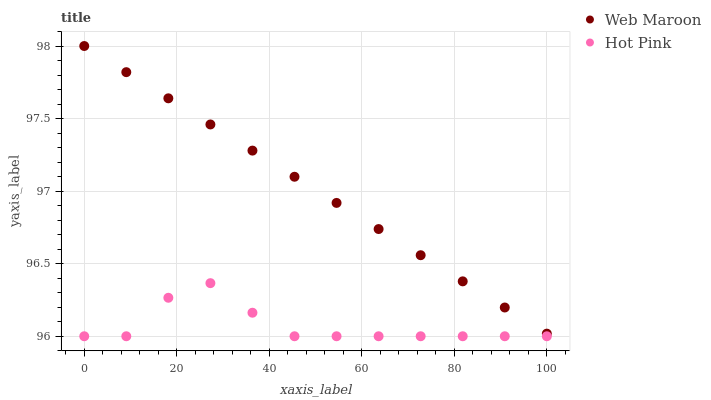
| xaxis_label | Web Maroon | Hot Pink |
 | --- | --- | --- |
 | 0 | 98 | 96 |
 | 9.09 | 97.8 | 96 |
 | 18.2 | 97.6 | 96.3 |
 | 27.3 | 97.5 | 96.4 |
 | 36.4 | 97.3 | 96.2 |
 | 45.5 | 97.1 | 96 |
 | 54.5 | 96.9 | 96 |
 | 63.6 | 96.7 | 96 |
 | 72.7 | 96.6 | 96 |
 | 81.8 | 96.4 | 96 |
 | 90.9 | 96.2 | 96 |
 | 100 | 96 | 96 |